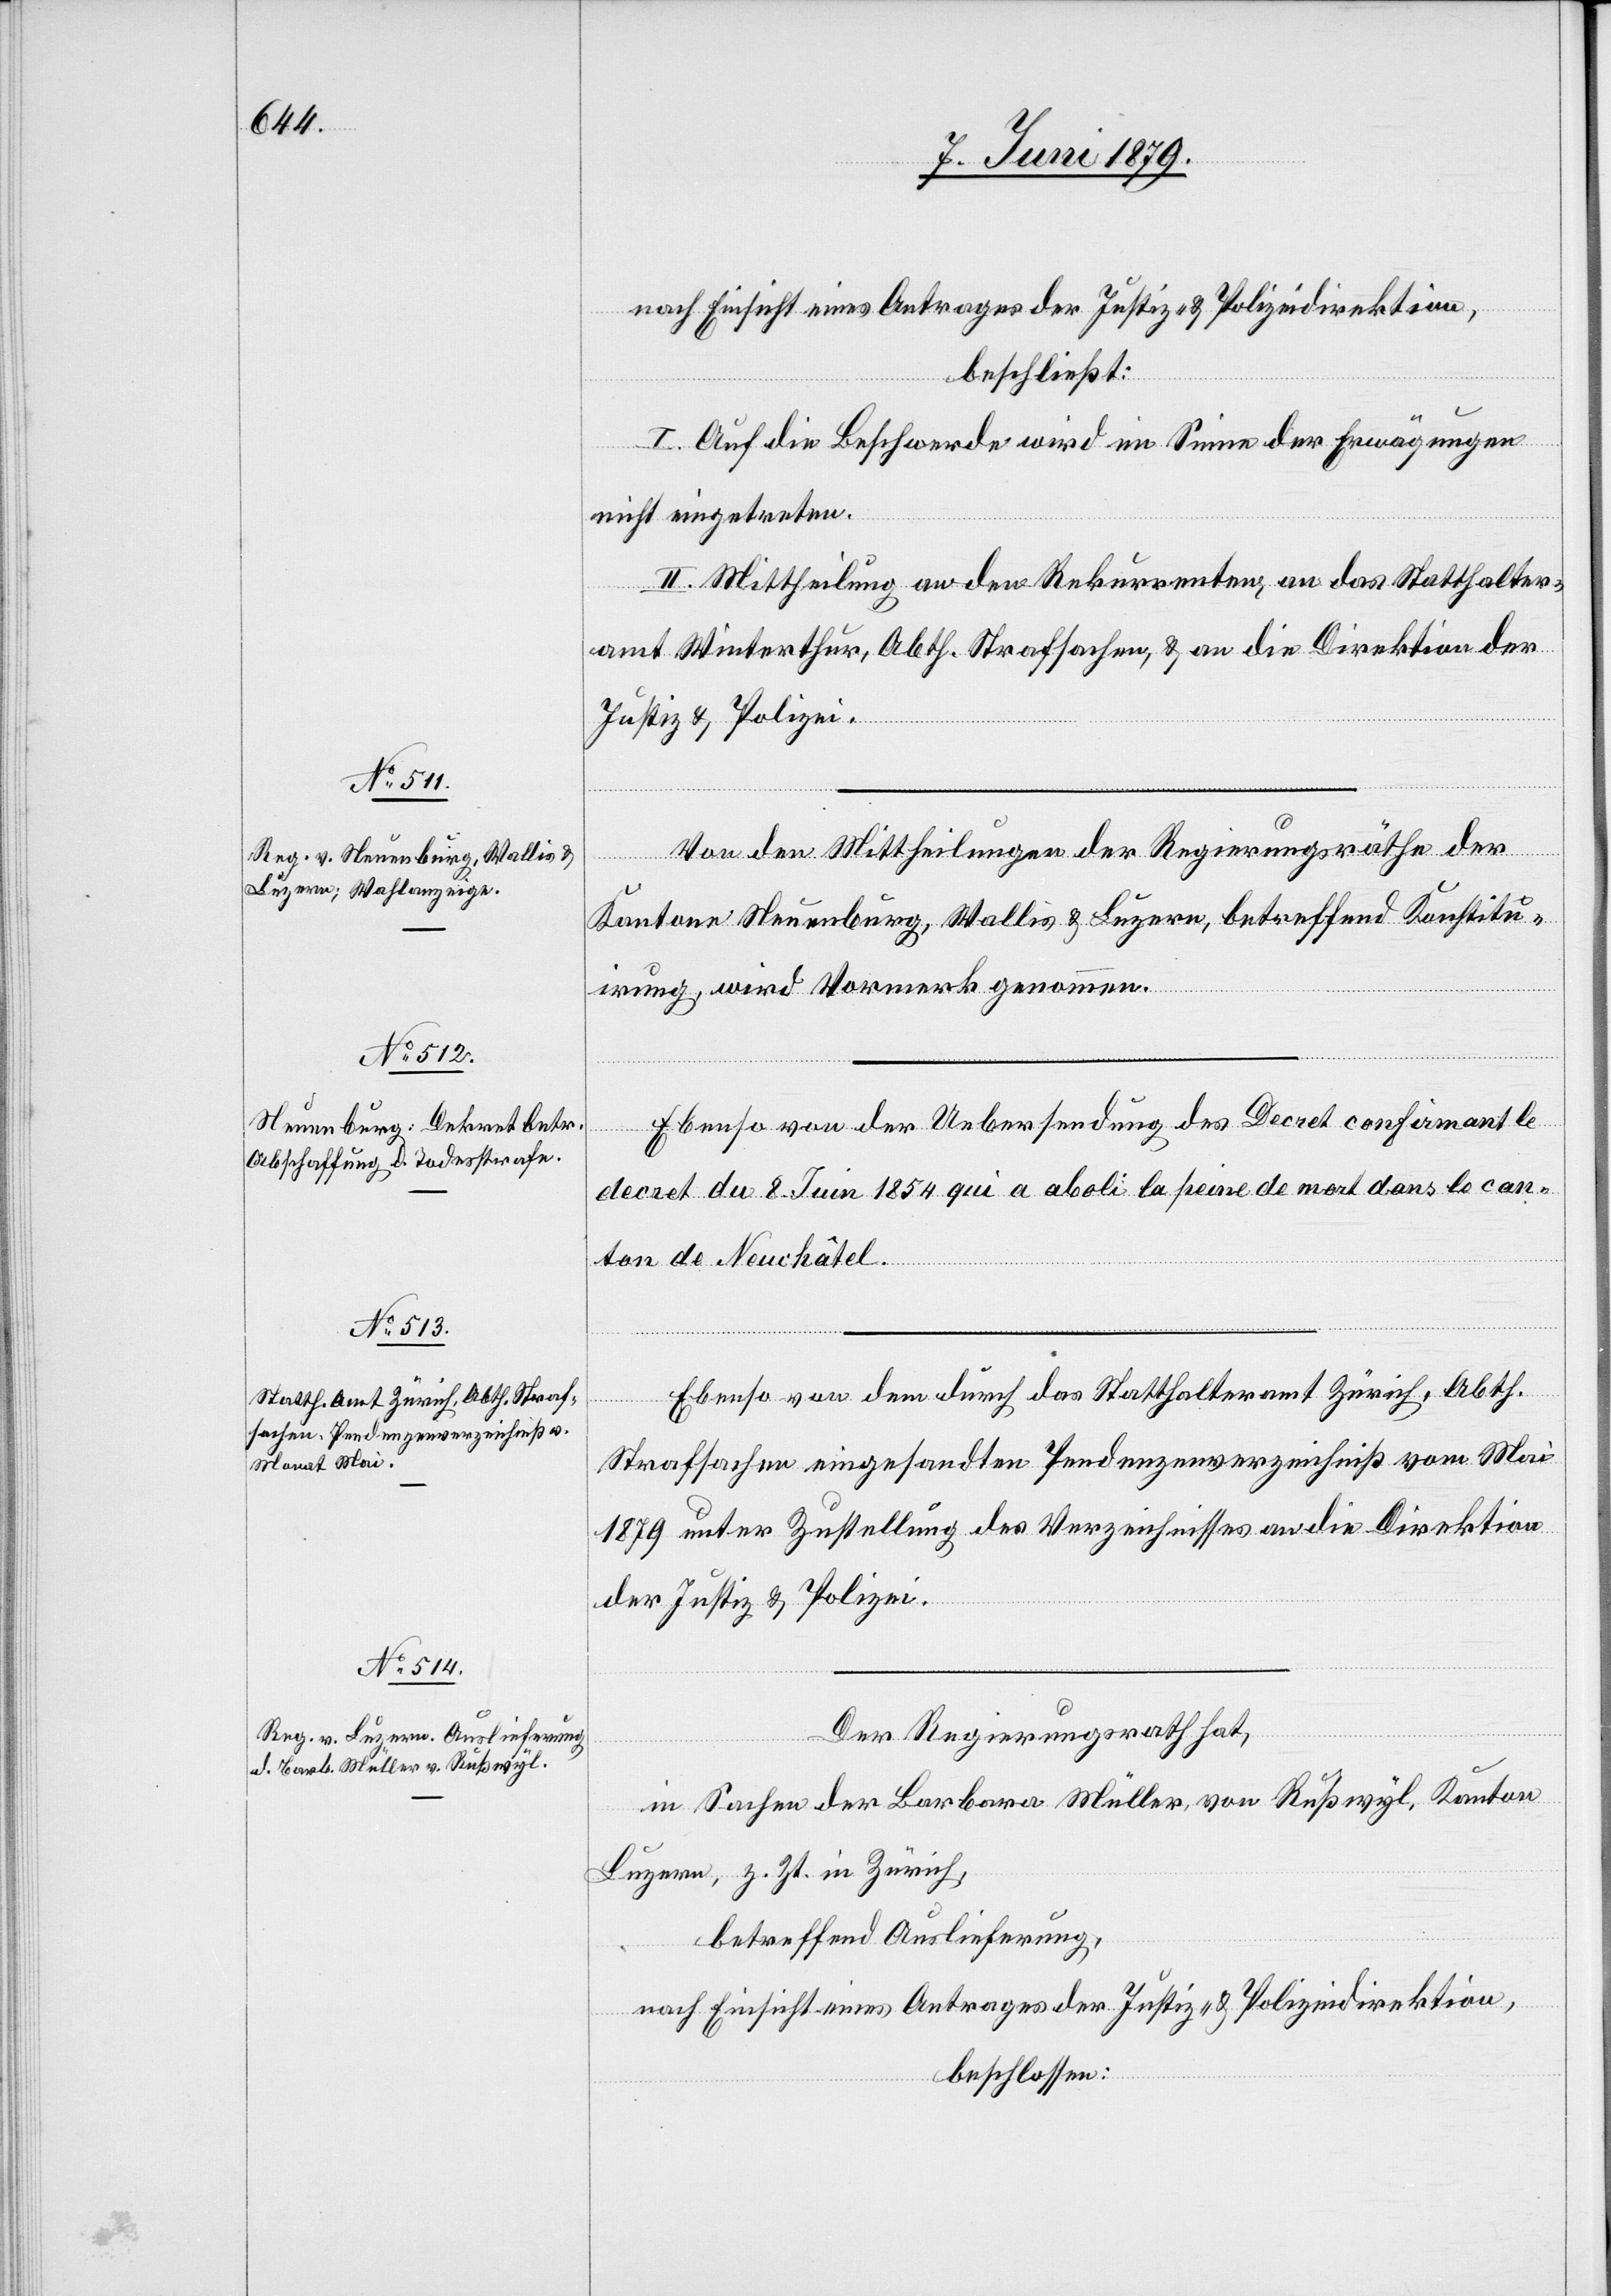
nach Einsicht eines Antrages der Justiz- & Polizeidirektion,
beschließt:
I. Auf die Beschwerde wird im Sinne der Erwägungen
nicht eingetreten.
II. Mittheilung an den Rekurrenten, an das Statthalter¬
amt Winterthur, Abth. Strafsachen, & an die Direktion der
Justiz & Polizei.
Von den Mittheilungen der Regierungsräthe der
Kantone Neuenburg, Wallis & Luzern, betreffend Konstitu¬
irung, wird Vormerk genommen.
Ebenso von der Uebersendung des Decret confirmant le
decret du 8. Juin 1854 qui a aboli la peine de mort dans le can¬
ton de Neuchâtel.
Ebenso von dem durch das Statthalteramt Zürich, Abth.
Strafsachen eingesandten Pendenzenverzeichniß vom Mai
1879 unter Zustellung des Verzeichnisses an die Direktion
der Justiz & Polizei.
Der Regierungsrath hat,
in Sachen der Barbara Müller, von Rußwyl, Kanton
Luzern, z. Zt. in Zürich,
betreffend Auslieferung,
nach Einsicht eines Antrages der Justiz- & Polizeidirektion,
beschlossen: